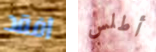
افقد أطلس